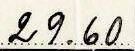
29.60